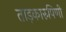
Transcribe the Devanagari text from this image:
ताड़कारुपिणी